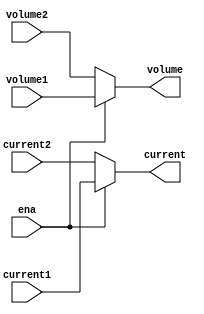
`timescale 1ns / 1ps
//////////////////////////////////////////////////////////////////////////////////
// Company: 
// Engineer: 
// 
// Design Name: 
// Module Name: selector
// Project Name: 
// Target Devices: 
// Tool Versions: 
// Description: 
// 
// Dependencies: 
// 
// Revision:
// Revision 0.01 - File Created
// Additional Comments:
// 
//////////////////////////////////////////////////////////////////////////////////


module selector(
input ena,
input [2:0]current1,
input [15:0]volume1,
input [2:0] current2,
input [15:0] volume2,
output reg [2:0] current,
output reg [15:0] volume
    );

always@(*)
begin
   if(ena)
   begin
     current<=current1;
     volume<=volume1;
   end
   else
    begin
       current<=current2;
       volume<=volume2;
     end
end
endmodule